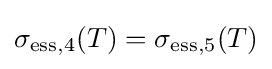
\sigma _{\mathrm {ess} ,4}(T)=\sigma _{\mathrm {ess} ,5}(T)